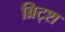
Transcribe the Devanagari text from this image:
ब्रिट्श